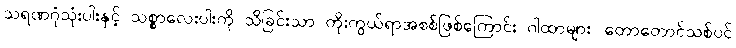
သရဏဂုံသုံးပါးနှင့် သစ္စာလေးပါးကို သိခြင်းသာ ကိုးကွယ်ရာအစစ်ဖြစ်ကြောင်း ဂါထာများ၊ တောတောင်သစ်ပင်